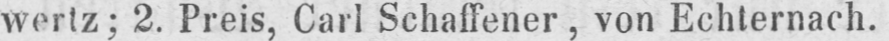
wertz; 2. Preis, Carl Schaffener, von Echternach.